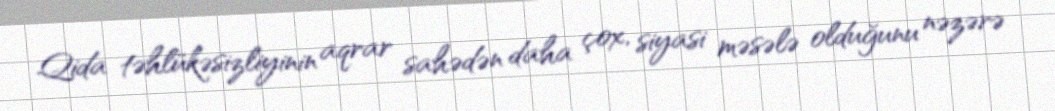
Qida təhlükəsizliyinin aqrar sahədən daha çox, siyasi məsələ olduğunu nəzərə